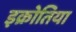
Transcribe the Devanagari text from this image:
इक्रोतिया